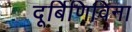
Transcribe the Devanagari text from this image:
दूर्बिणिविना